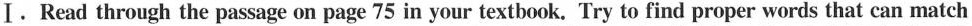
I. Read through the passage on page 75 in your textbook. Try to find proper words that can match